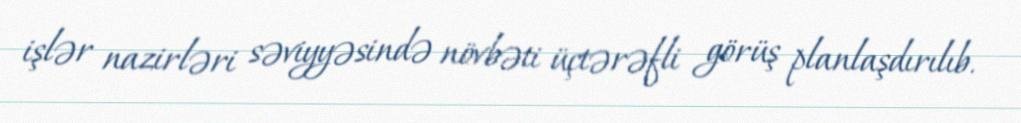
işlər nazirləri səviyyəsində növbəti üçtərəfli görüş planlaşdırılıb.